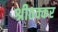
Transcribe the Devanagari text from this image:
श्रीठक्कर